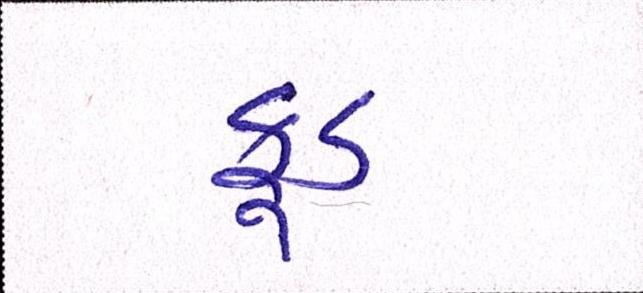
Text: ફૂડ